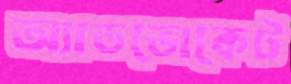
অ্যাডভোকেট